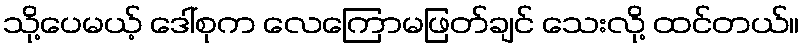
သို့ပေမယ့် ဒေါ်စုက လေကြောမဖြတ်ချင် သေးလို့ ထင်တယ်။